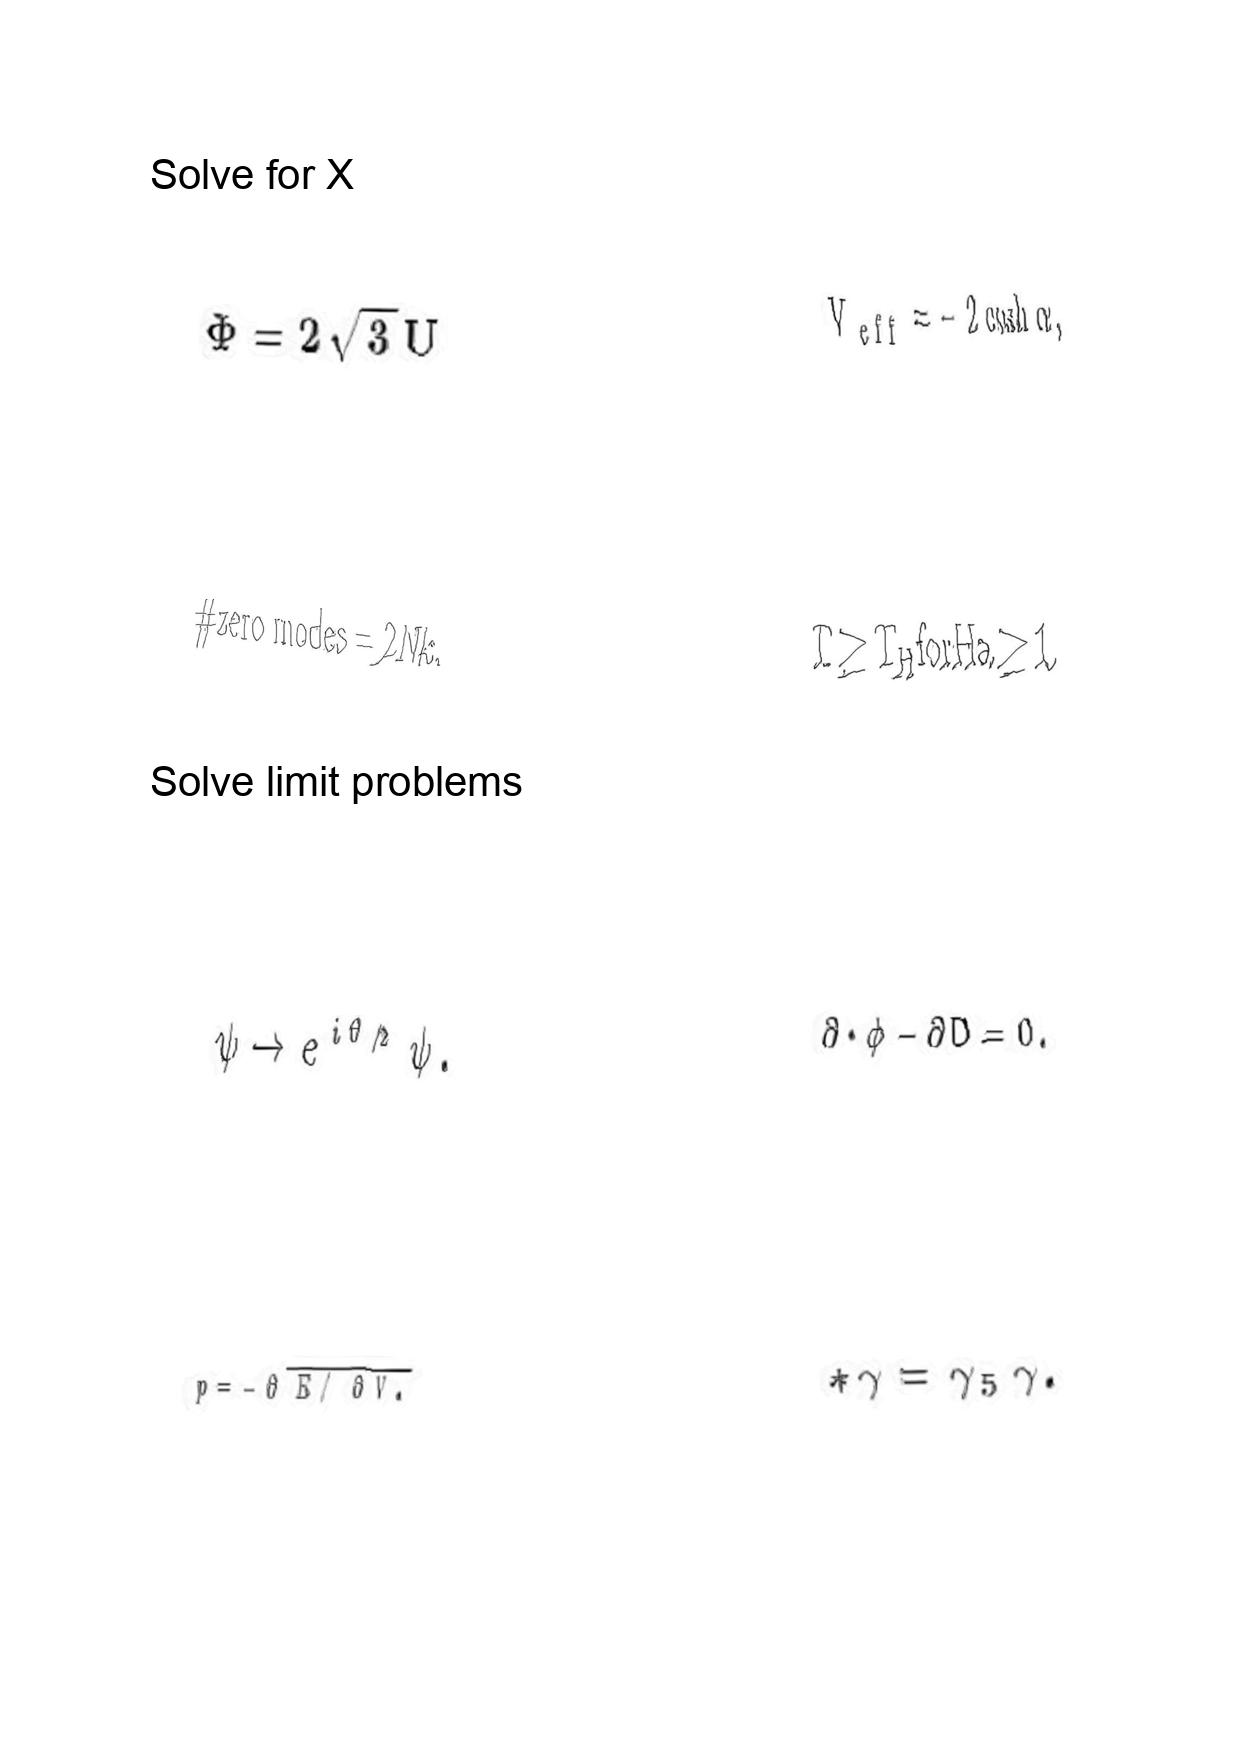
LaTeX transcription:
\Phi = 2 \sqrt { 3 } U
\# \mathrm { z e r o \space m o d e s } = 2 N k ,
\psi \rightarrow e ^ { i \theta / 2 } \psi .
p = - \partial \overline { E / \partial V . }
V _ { e f f } = - 2 \cosh \alpha ,
T \geq T _ { H } \mathrm { f o r } H a \geq 1 .
\partial \cdot \phi - \partial D = 0 .
\ast \gamma = \gamma _ { 5 } \gamma .